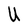
Character: U